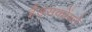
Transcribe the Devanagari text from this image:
हँड्सकोंबने